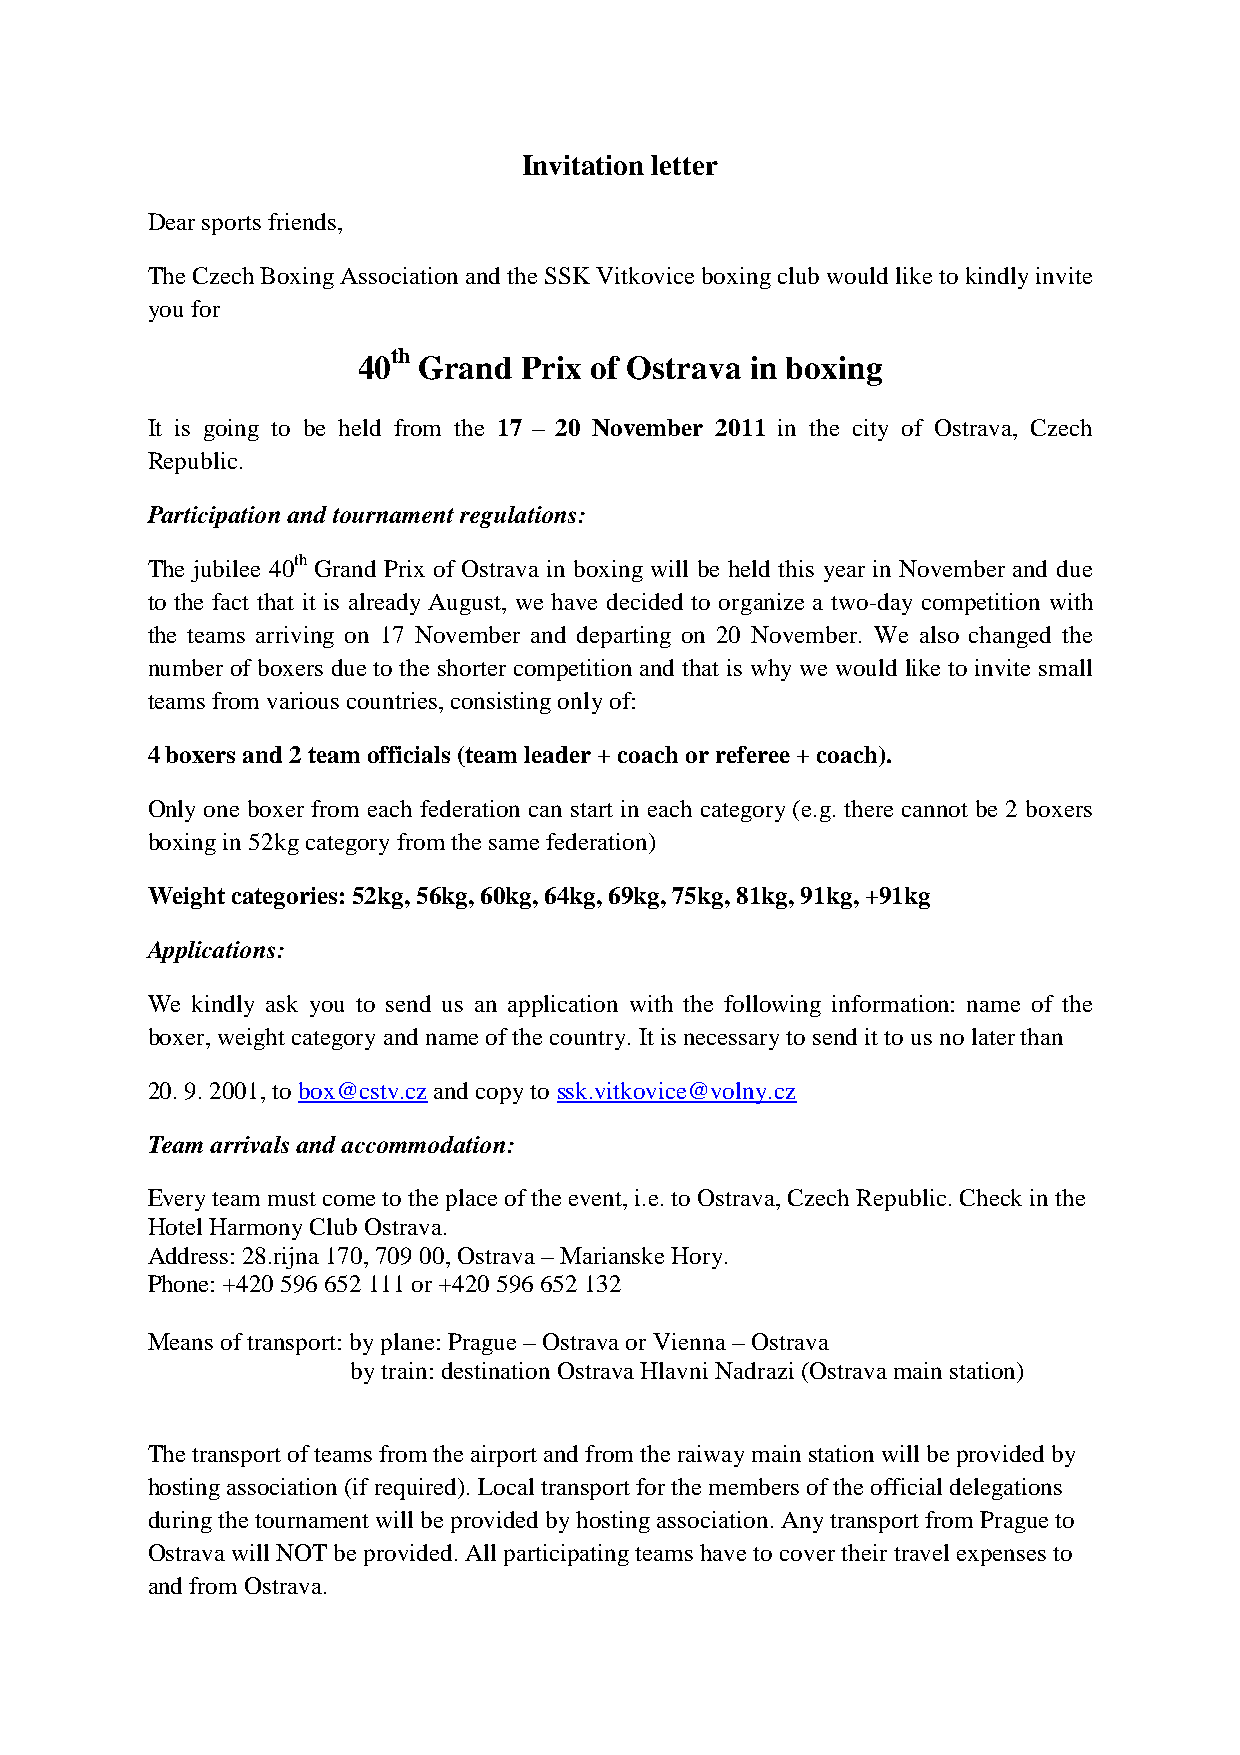
Invitation letter
 Dear sports friends,
 The Czech Boxing Association and the SSK Vitkovice boxing club would like to kindly invite
 you for
 th
 40  Grand  Prix of Ostrava in boxing
 It is going to be held from the 17 – 20 November 2011 in the city of Ostrava, Czech
 Republic.
 Participation and tournament regulations:
 The jubilee 40th Grand Prix of Ostrava in boxing will be held this year in November and due
 to the fact that it is already August, we have decided to organize a two-day competition with
 the teams arriving on 17 November and departing on 20 November. We also changed the
 number of boxers due to the shorter competition and that is why we would like to invite small
 teams from various countries, consisting only of:
 4 boxers and 2 team officials (team leader + coach or referee + coach).
 Only one boxer from each federation can start in each category (e.g. there cannot be 2 boxers
 boxing in 52kg category from the same federation)
 Weight categories: 52kg, 56kg, 60kg, 64kg, 69kg, 75kg, 81kg, 91kg, +91kg
 Applications:
 We kindly ask you to send us an application with the following information: name of the
 boxer, weight category and name of the country. It is necessary to send it to us no later than
 20. 9. 2001, to box@cstv.cz and copy to ssk.vitkovice@volny.cz
 Team arrivals and accommodation:
 Every team must come to the place of the event, i.e. to Ostrava, Czech Republic. Check in the
 Hotel Harmony Club Ostrava.
 Address: 28.rijna 170, 709 00, Ostrava – Marianske Hory.
 Phone: +420 596 652 111 or +420 596 652 132
 Means of transport: by plane: Prague – Ostrava or Vienna – Ostrava
 by train: destination Ostrava Hlavni Nadrazi (Ostrava main station)
 The transport of teams from the airport and from the raiway main station will be provided by
 hosting association (if required). Local transport for the members of the official delegations
 during the tournament will be provided by hosting association. Any transport from Prague to
 Ostrava will NOT be provided. All participating teams have to cover their travel expenses to
 and from Ostrava.